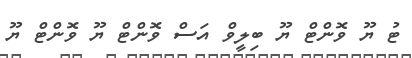
ޓު ޔޫ ވޮންޓް ޔޫ ބިލީވް އަސް ވޮންޓް ޔޫ ވޮންޓް ޔޫ